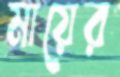
মায়ের